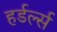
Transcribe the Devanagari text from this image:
हर्डर्ल्स